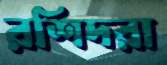
রশিদরা